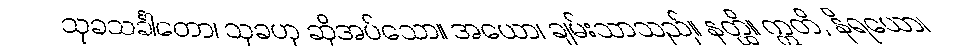
သုခသင်္ခါတော၊ သုခဟု ဆိုအပ်သော။ အယော၊ ချမ်းသာသည်။ နတ္ထိ။ ဣတိ, နိရယော၊